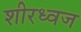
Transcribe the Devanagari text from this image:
शीरध्वज